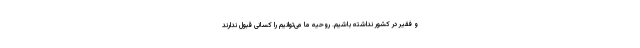
و فقیر در کشور نداشته باشیم. روحیه ما می‌توانیم را کسانی قبول ندارند